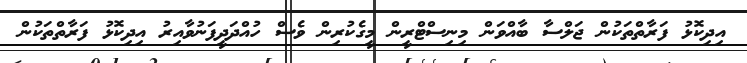
އިދިކޮޅު ފަރާތްތަކުން ޖަލްސާ ބާއްވަން މިނިސްޓްރީން މީގެކުރިން ވެސް ހުއްދަދީފަނުވާއިރު އިދިކޮޅު ފަރާތްތަކުން